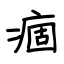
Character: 痼